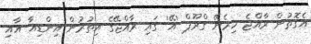
އެގޮތުން ރާއްޖެ ހިމެނޭ ގްރޫޕް 'އޭ' ގައި ރާއްޖޭގެ އިތުރުން އިންޑިއާ އާއި